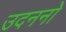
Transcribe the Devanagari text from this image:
उदननो